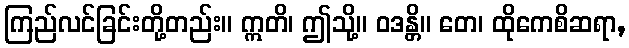
ကြည်လင်ခြင်းတို့တည်း။ ဣတိ၊ ဤသို့။ ဝဒန္တိ။ တေ၊ ထိုကေစိဆရာ,